Leaving Certificate Examination, 1922
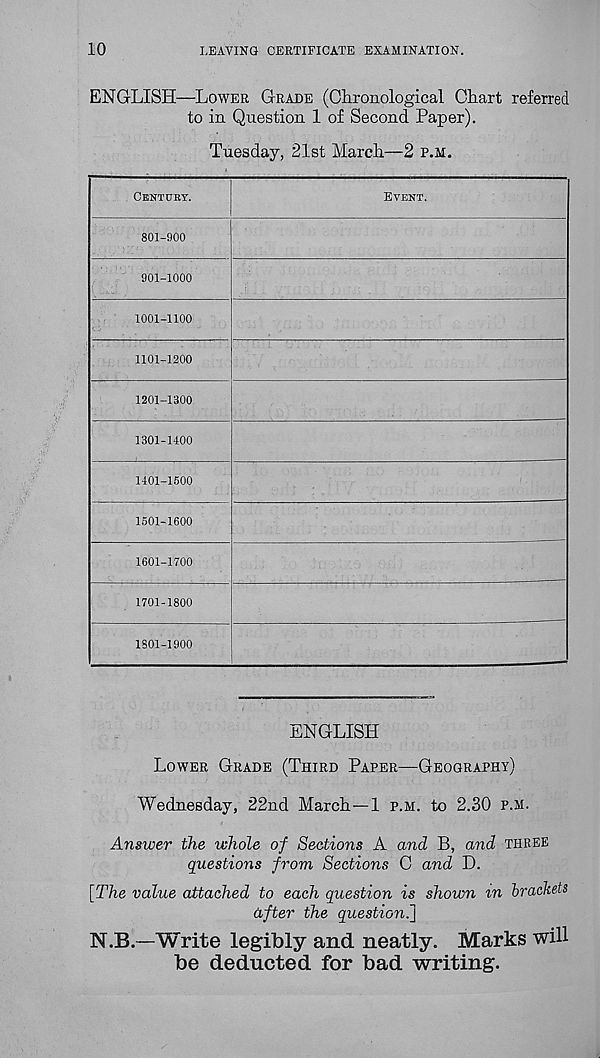
10
LEAVING CERTIFICATE EXAMINATION.
ENGLISH—LOWER GRADE (Chronological Chart referred
to in Question 1 of Second Paper).
ENGLISH
LOWER GRADE (THIRD PAPER—GEOGRAPHY)
Wednesday, 22nd March—1 P.M. to 2.30 P.M.
Answer the whole of Sections A and B, and THREE
questions from Sections C and D.
[The value attached to each question is shown in brackets
after the question.]
N.B.—Write legibly and neatly. Marks will
be deducted for bad writing.